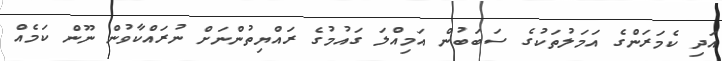
އަދި ކެމަރަންގެ އަމަލުތަކުގެ ސަބަބުން އަމިއްލަ ގައުމުގެ ރައްޔިތުންނަށް ނުރައްކާވުން ނޫން ކަމެއް